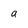
Character: a